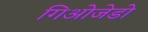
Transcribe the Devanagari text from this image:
गिओजेडो